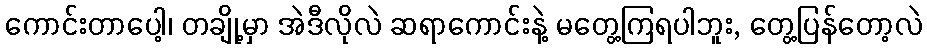
ကောင်းတာပေါ့၊ တချို့မှာ အဲဒီလိုလဲ ဆရာကောင်းနဲ့ မတွေ့ကြရပါဘူး, တွေ့ပြန်တော့လဲ